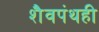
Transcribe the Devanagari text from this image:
शैवपंथही